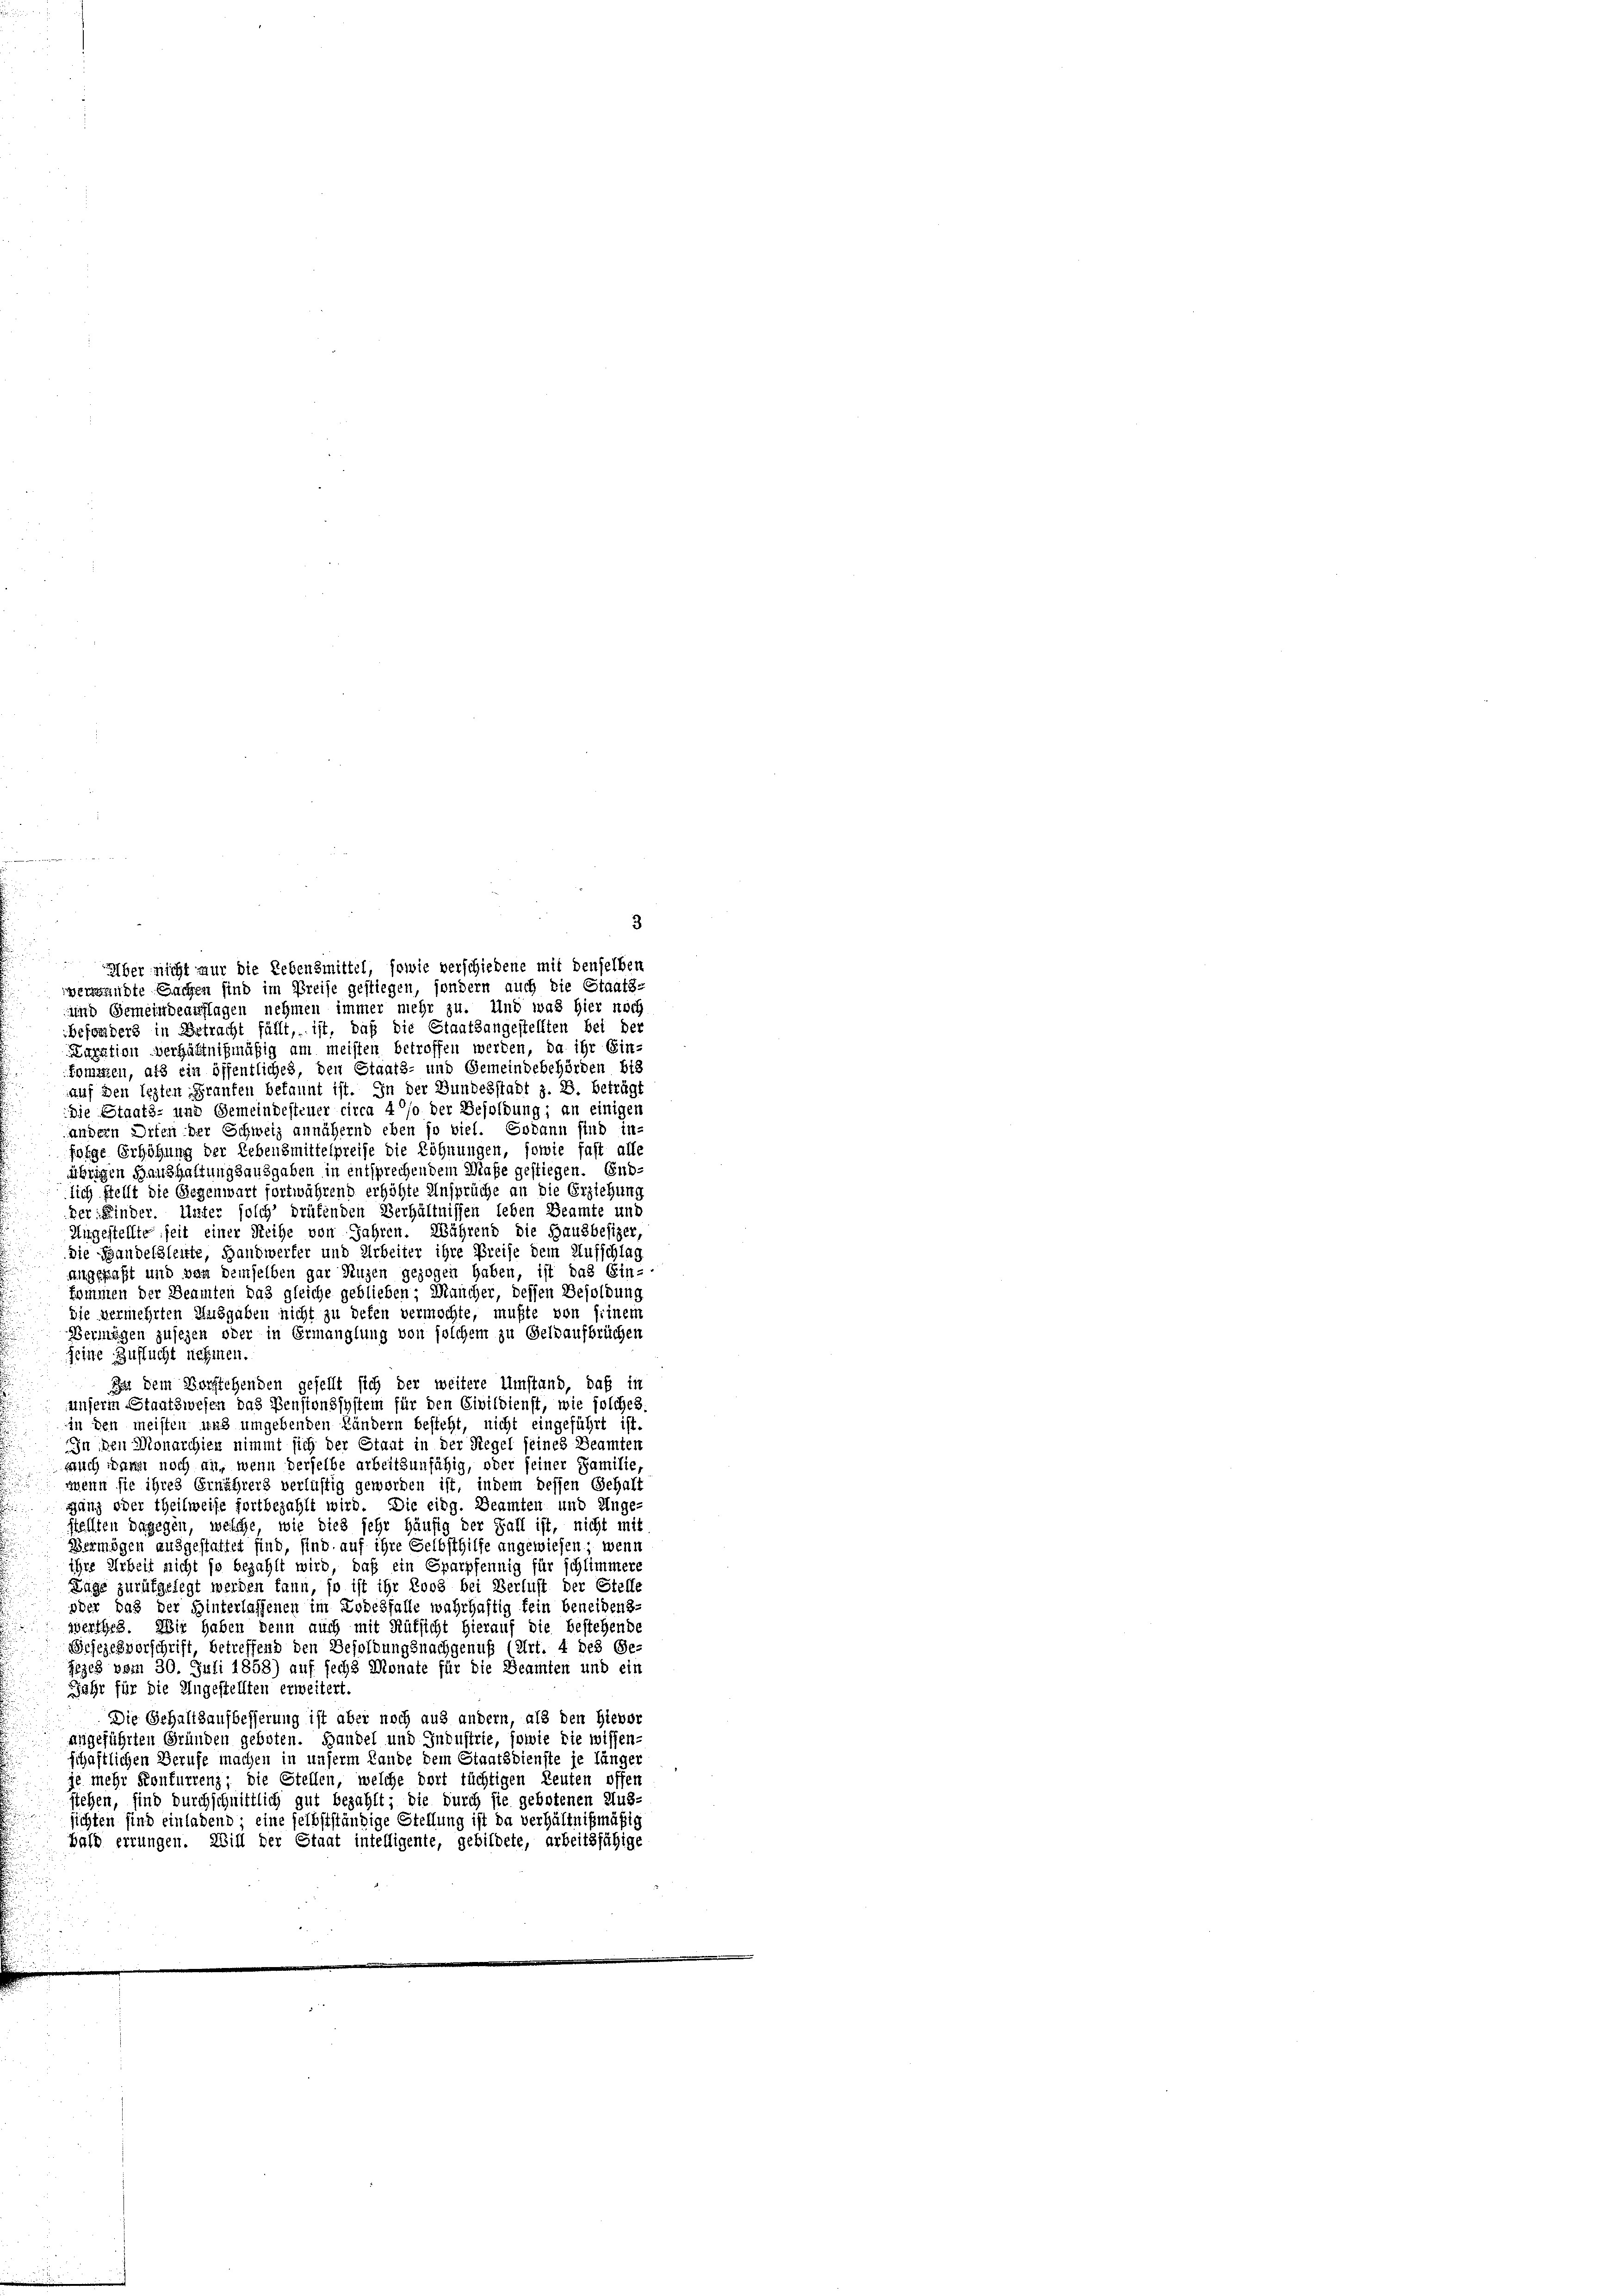
3
Über nicht nur die Lebensmittel, sowie verschiedene mit denselben
verwandte Sachen sind im Preise gestiegen, sondern auch die Staats-
und Gemeindeanflagen nehmen immer mehr zu. Und was hier noch
Befanders in Betracht fällt, ist, daß die Staatsangestellten bei der
Kuration verhältnißmäßig am meisten betroffen werden, da ihr Ein-
kommen, als ein öffentliches, den Staats- und Gemeindebehörden bis
auf den lezten Granten bekannt ist. In der Bundesstadt z. B. beträgt
die Staats- und Gemeindesteuer circa 4 % der Besoldung; an einigen
andern Diten der Schweiz annähernd eben so viel. Sodann sind in-
folge Erhöhung der Lebensmittelpreise die Löhnungen, sowie fast alle
übrigen Handhaftungsausgaben in entsprechendem Maße gefliegen. End-
lich stellt die Gegenwart fortwährend erhöhte Ansprüche an die Erziehung
her Kinder. Unter solch’ drüfenden Verhältnissen leben Beamte und
Angestellte seit einer Reihe von Jahren. Während die Hausbesizer,
die Handelsleute, Handwerfer und Arbeiter ihre Preise dem Aufschlag
angepaßt und von demselben gar Nuzen gezogen haben, ist das Ein-
kommen der Beamten das gleiche geblieben; Mancher, dessen Besoldung
die vermehrten Massgaben nicht zu defen vermochte, mußte von seinem
Vermögen zusehen oder in Ermanglung von solchem zu Geldaufbrüchen
seine Zuflucht nehmen.
In dem Vorstehenden gesellt sich der weitere Umstand, daß in
unserm Staatswesen das Pensionssystem für den Civildienst, wie solches.
in den meisten und umgebenden Ländern besteht, nicht eingeführt ist.
In den Monarchien nimmt sich der Staat in der Regel seines Beamten
auch waren noch an, wenn derselbe arbeitsunfähig, oder seiner Familie,
wenn sie ihres Ernährers verlustig geworden ist, indem dessen Gehalt
ganz oder theilweise fortbezahlt wird. Die eidg. Beamten und Unge
stellten dagegen, welche, wie dies sehr häufig der Fall ist, nicht mit
Vermögen ausgestattet sind, sind auf ihre Selbsthilfe angewiesen, wenn
ihre Arbeit nicht so bezahlt wird, daß ein Sparpfennig für schlimmere
Lage zurükgelegt werden kann, so ist ihr Loos bei Verlust der Stelle
oder das der Hinterlassenen im Todesfalle wahrhaftig fein beneidens-
werthes. Wir haben denn auch mit Rüksicht hierauf die bestehende
Brjezesvorschrift, betreffend den Besoldungsnachgenuß (Art. 4 des Gefiges vom 30. Juli 1858) auf sechs Monate für die Beamten und ein
Jahr für die Angestellten erweitert.
Die Gehaltsaufbesserung ist aber noch aus andern, als den Hievor
augeführten Gründen geboten. Handel und Industrie, sowie die wissen-
schaftlichen Berufe machen in unserm Lande dem Staatsdienste je länger
je mehr Konfurrenz; die Stellen, welche dort tüchtigen Leuten offen
stehen, sind durchschnittlich gut bezahlt; die durch sie gebotenen Aus-
sichten sind einladend; eine selbstständige Stellung ist da verhältnißmäßig
bald errungen. Will der Staat intelligente, gebildete, arbeitsfähige